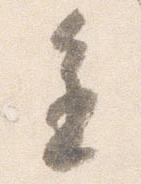
進